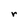
Character: r